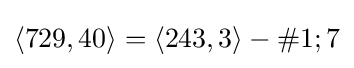
\langle 729,40\rangle =\langle 243,3\rangle -\#1;7